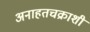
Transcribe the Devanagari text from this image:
अनाहतचक्राशी